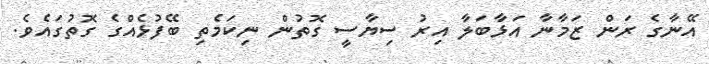
އޭނާގެ ރަން ޒަމާނާ އަޅާބަލާ އިރު ސިޔާސީ ގޮތުން ނިކަމެތި ބޭފުޅެއްގެ ގޮތުގައެވެ.